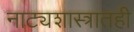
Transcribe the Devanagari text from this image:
नाट्यशास्त्रातही